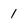
Character: 1